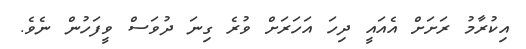
އިކުރާމު ރަށަށް އެއައީ ދިހަ އަހަރަށް ވުރެ ގިނަ ދުވަސް ވީފަހުން ނެވެ.